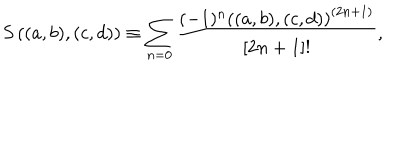
S \left( ( a , b ) , ( c , d ) \right) \equiv \sum _ { n = 0 } \frac { ( - 1 ) ^ { n } \left( ( a , b ) , ( c , d ) \right) ^ { ( 2 n + 1 ) } } { [ 2 n + 1 ] ! } ,